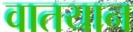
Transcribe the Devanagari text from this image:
वातयान